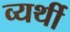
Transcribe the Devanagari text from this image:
व्‍यर्थी